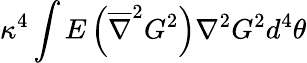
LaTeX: \kappa^{4}\int E\left(\overline{{{\nabla}}}^{2}G^{2}\right)\nabla^{2}G^{2}d^{4}\theta